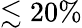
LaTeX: \lesssim 20\%